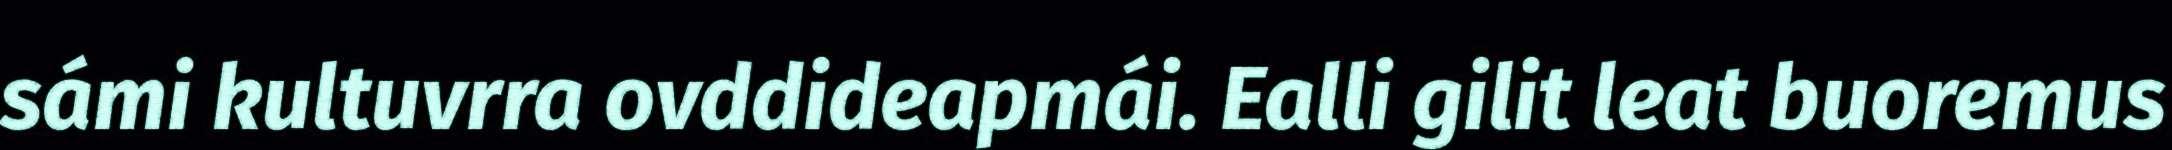
sámi kultuvrra ovddideapmái. Ealli gilit leat buoremus